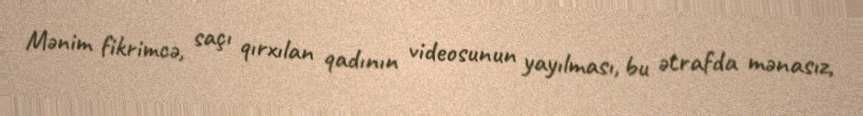
Mənim fikrimcə, saçı qırxılan qadının videosunun yayılması, bu ətrafda mənasız,